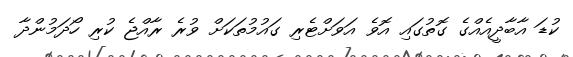
ކުޑަ އާބާދީއެއްގެ ގޮތުގައި އޮވެ އަވަށްޓެރި ގައުމުތަކަށް ވުރެ ރާއްޖެ ކުރި ހޯދަމުންދާ